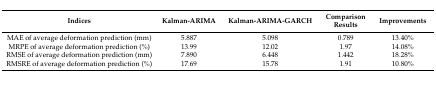
<table><thead><tr><td><b>Indices</b></td><td><b>Kalman-ARIMA</b></td><td><b>Kalman-ARIMA-GARCH</b></td><td><b>Comparison Results</b></td><td><b>Improvements</b></td></tr></thead><tbody><tr><td>MAE of average deformation prediction (mm)</td><td>5.887</td><td>5.098</td><td>0.789</td><td>13.40%</td></tr><tr><td>MRPE of average deformation prediction (%)</td><td>13.99</td><td>12.02</td><td>1.97</td><td>14.08%</td></tr><tr><td>RMSE of average deformation prediction (mm)</td><td>7.890</td><td>6.448</td><td>1.442</td><td>18.28%</td></tr><tr><td>RMSRE of average deformation prediction (%)</td><td>17.69</td><td>15.78</td><td>1.91</td><td>10.80%</td></tr></tbody></table>